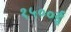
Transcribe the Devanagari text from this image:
१५००ई